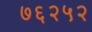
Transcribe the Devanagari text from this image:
७६२५२